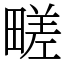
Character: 㽨